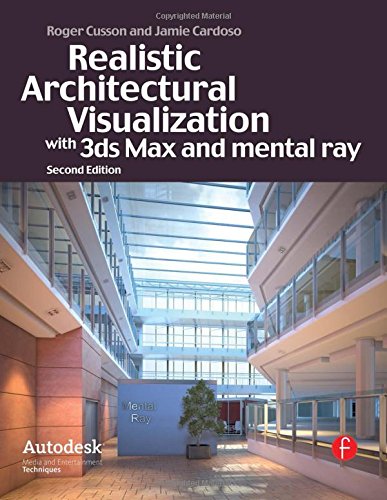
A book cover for Realistic Architectural Rendering with 3ds Max and mental -Ray (Autodesk Media and Entertainment Techniques); Jamie Cardoso; Computers & Technology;